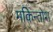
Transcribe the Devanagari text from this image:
मकिन्तोश